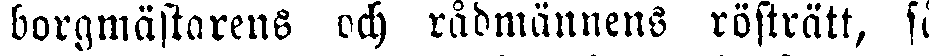
borgmästarens och rådmannens rösträtt, så